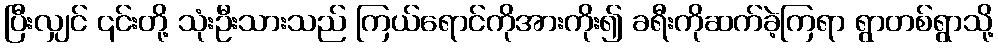
ပြီးလျှင် ၎င်းတို့ သုံးဦးသားသည် ကြယ်ရောင်ကိုအားကိုး၍ ခရီးကိုဆက်ခဲ့ကြရာ ရွာတစ်ရွာသို့